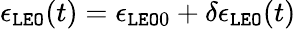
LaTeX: \epsilon_{\tt LEO}(t)=\epsilon_{{\tt LEO}0}+\delta\epsilon_{\tt LEO}(t)